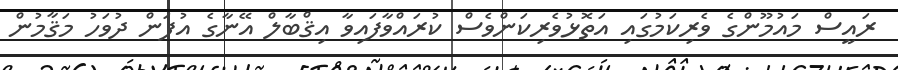
ރައީސް މައުމޫންގެ ވެރިކަމުގައި އަތޮޅުވެރިކަންވެސް ކުރައްވާފައިވާ އިޤްބާލް އޭނާގެ އުފަން ދުވަހު މަޤާމުން